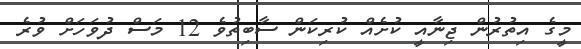
މީގެ އިތުރުން ޖިނާއީ ކުށެއް ކުރިކަން ސާބިތުވެ 12 މަސް ދުވަހަށް ވުރެ